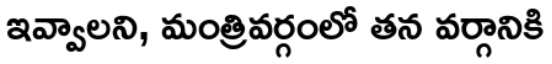
ఇవ్వాలని, మంత్రివర్గంలో తన వర్గానికి